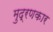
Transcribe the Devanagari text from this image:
मुद्रणकार